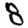
Digit: 8